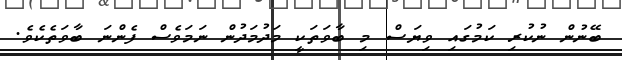
ބޭނުން ނުކުރި ކަމުގައި ވިޔަސް މި ބާވަތަކީ މަދުމަދުން ނަމަވެސް ފެންނަ ބާވަތެކެވެ.